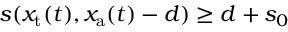
\begin{array} { r } { s ( x _ { \mathrm { t } } ( t ) , x _ { \mathrm { a } } ( t ) - d ) \ge d + s _ { 0 } } \end{array}